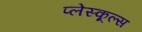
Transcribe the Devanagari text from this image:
प्लेस्कूल्स